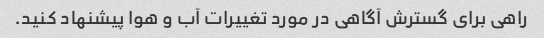
راهی برای گسترش آگاهی در مورد تغییرات آب و هوا پیشنهاد کنید.